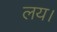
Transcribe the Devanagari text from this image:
लय।